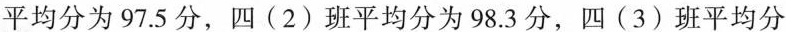
平均分为97.5分，四(2)班平均分为98.3分，四(3)班平均分